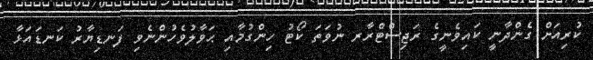
ކުރިއަށް ގެންދާނީ ކައިވެނީގެ ރަޖިސްޓްރާރ ނުވަތަ ކޯޓު ހިންގުމާއި ޙަވާލުވެހުންނެވި ފަނޑިޔާރު ކަނޑައަޅާ